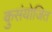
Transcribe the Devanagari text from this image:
कुसंयोजित